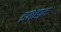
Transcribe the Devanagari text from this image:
इतेहाद